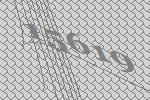
15619